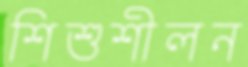
শিশুশীলন